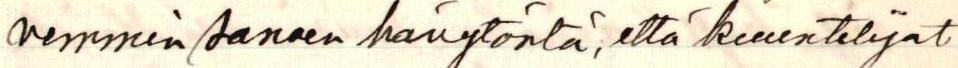
vemmin sanoen hävytöntä, että kuuntelijat